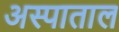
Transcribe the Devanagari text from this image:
अस्पाताल